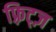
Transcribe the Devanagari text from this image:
फ़्रिट्ज़